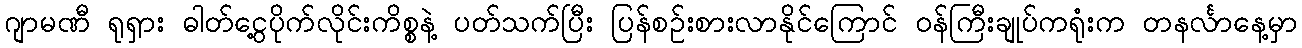
ဂျာမဏီ ရုရှား ဓါတ်ငွေ့ပိုက်လိုင်းကိစ္စနဲ့ ပတ်သက်ပြီး ပြန်စဉ်းစားလာနိုင်ကြောင် ဝန်ကြီးချုပ်ကရုံးက တနင်္လာနေ့မှာ